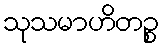
သုသမာဟိတဉ္စ